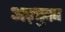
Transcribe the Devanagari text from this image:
अज़्बुका